Vital statistics of India. Vol. VI, European troops 1870-79
Year: 1870
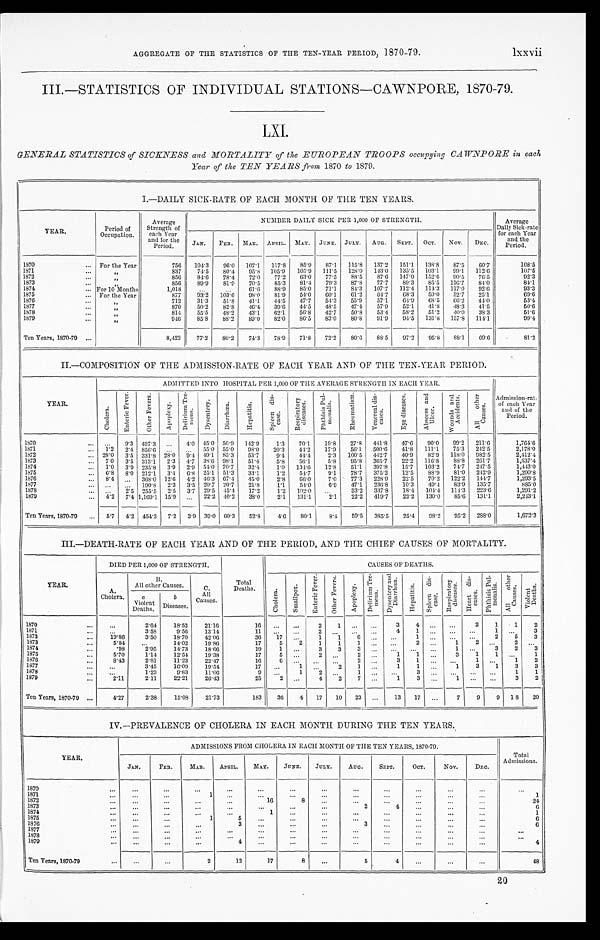
AGGREGATE OF THE STATISTICS OF THE TEN-YEAR PERIOD, 1870-79. lxxvii
III.—STATISTICS OF INDIVIDUAL STATIONS—CAWNPORE, 1870-79.
LXI.
GENERAL STATISTICS of SICKNESS and MORTALITY of the EUROPEAN TROOPS occupying CAWNPORE in each
Year of the TEN YEARS from 1870 to 1879.
I.—DAILY SICK-RATE OF EACH MONTH OF THE TEN YEARS.
YEAR.
Period of
Occupation.
Average
Strength of
each Year
and for the
Period.
NUMBER DAILY SICK PER 1,000 OF STRENGTH.
Average
Daily Sick-rate
for each Year
and t he
Period.
JAN. FEB. MAR. APRIL. MAY. JUNE. JULY. AUG. SEPT. OCT. NOV.
DEC.
1 8 7 0
. . . For the Year
756 104.3 96. 0
107.1 117.8 85. 9
87.1 115.8 137.2 151. 1
138.8 87.5 60. 7
108.5
1 8 7 1
. . . „
837
7 4 . 5
80.4
9 5 . 8 105.9 105. 9
111.5 128.0 143. 0
135.5 103.1 99.1 112. 6
107.5
1 8 7 2
. . .
„
856 84.6 78.4 72.0 77.2 63. 0
77.5 88.5 87. 6
147.0 152. 6
90.5 76.5
92.3
1873
. . .
„
856
89. 9
81.9 70. 5
85.3 81.4
79.3 87.8 77.7 89.3 85.5 116.7 84.0
8 4 . 1
1874
... For 10 Months
1,018
. . . . . .
61. 6
88.9 85. 0
71.1 81.3 107.7 112. 4
114. 3 117. 0
92.6
93.3
1875
. . . For the Year
877 93.2 103.6 98.0 81.9 54. 0
60.1 61.2 64.7 68. 3
59.0 52.7 25. 1
69.6
1876
. . . „
712 31.3 51.8 41.1 44. 5
47.7 54.3 55.9 57.1 64. 9
68.5 66.2 4 4 . 0
53. 4
1 8 7 7
... „
870
50.2 82.8
4 6 . 4 39.6 44.5 48.5
4 7 . 4 57.9 52.1 41.8 48.3 41.5
50.6
1878
. . .
„
814 55.5 48.2 43.1 62.1 56.8 42.7 50.8 53. 4
58.2 51.2 40. 0
38.3
51. 6
1879
. . .
„
9 4 6
85.8 88.2 89.0 82. 0
86.5 83.0 80.8 91.9 94.5 131.8 157.8 114. 1
99.4
Ten Years, 1870-79 ...
8,423 77.2 802 74.3 78. 9
71.8 72. 2
80. 6
88.5 97.2 95.8 88.1 69. 6
81.2
II.—COMPOSITION OF THE ADMISSION-RATE OF EACH YEAR AND OF THE TEN-YEAR PERIOD.
YEAR.
ADMITTED INTO HOSPITAL PER 1,000 OF THE AVERAGE STRENGTH IN EACH YEAR.
Admission-rate
of each Year
and of the
Period.
C h o l e r a .
E n t e r i c F e v e r .
O t h e r F e v e r s .
A p o p l e x y .
D e l i r i u m T r e -
m e n s . D y s e n t e r y .
D i a r r h œ a .
H e p a t i t i s . S p l e e n d i s -
e a s e .
R e s p i r a t o r y
d i s e a s e s .
P h t h i s i s P u l -
m o n a l i s .
R h e u m a t i s m .
V e n e r e a l d i s -
e a s e s .
E y e d i s e a s e s .
A b s c e s s a n d
U l c e r .
W o u n d s a n d
A c c i d e n t s .
A l l o t h e r
C a u s e s .
1 8 7 0
... ... 9. 3 497. 3 ... 4. 0 45. 0 56.9 142.9
1.3 70.1 19.8 27.8 4 4 1 . 8
47. 6
90.0 99.2 211.6
1,764.6
1871
... 1.2 2. 4 856. 6 ...
. . . 55. 0 55.0 98.0 20. 3
44.2 17.9 56.1 500.6 41.8 111.1 75.3 2 4 2 . 5
2,178.0
1 8 7 2
... 28.0 3.5 331.8 28.0 9. 4 49.1 85.3 53.7
9. 4
4 4 . 4
2.3 100.5 442.7 40.9 82. 9
118. 0 982.5
2,412.4
1873
... 7. 0
3.5 313.1 2.3 4.7 38. 6 98.1 51. 4
5.8 56.1
5.8 95.8 365.7 22.2 116.8 88.8 261.7
1,537.4
1874
... 1.0 3.9 235. 8 3.9 2. 9 54.0 70.7 32. 4
1.0 134.6 12. 8
51.1 397.8 15.7 103.2 74. 7 2 4 7 . 5
1 , 4 4 3 . 0
1 8 7 5
. . .
6.8 8. 0 212.1 3.4 6. 8 25.1 51.3 33.1
1.2 54.7
9.1 78.7 375.2 12.5 88. 9
81.0 2 4 2 . 9
1,290.8
1876
... 8. 4 . . .
368. 0 12. 6 4. 2 46. 3 67. 4
45. 0
2.8 66. 0
7.0 77.3 228. 9
22.5 70. 2
122.2 144. 7
1,293.5
1877
. . .
...
...
... 190. 8 2.3 3.5 20.7 20.7 21.8
1.1 54.0
6. 9
47.1 236. 8
10. 3
49. 4
83. 9
135.7
885. 0
1878
... . . . 2.5 255.5 2.5 3.7 29.5 45. 4
17.2
1.2 102. 0
...
33.2 337.8 18. 4
104. 4
114.3 223.6
1,291.2
1879
... 4. 2 7. 4 1,169.1 15. 9 ... 22.2 40.2 38.0
2.1 131.1
2. 1
22.2 419.7 22.2 130.0 85. 6
131.1
2, 243. 1
Ten Years, 1870-79 ... 5.7 4.2 454. 3 7. 2
3. 9 39.0 60. 3
52. 8
4. 6
80. 1
8. 4
59.5 385.5 25. 4
98.2 95. 2 288. 0
1,672.3
III.—DEATH-RATE OF EACH YEAR AND OF THE PERIOD, AND THE CHIEF CAUSES OF MORTALITY.
DIED PER 1,000 OF STRENGTH.
Total
Deaths.
CAUSES OF DEATHS.
YEAR.
A.
Cholera.
B.
All other Causes.
C.
All
Causes.
C h o l e r a .
S m a l l p o x .
E n t e r i c F e v e r .
O t h e r F e v e r s .
A p o p l e x y .
D e l i r i u m T r e -
m e n s .
D y s e n t e r y a n d D i a r r h œ a .
H e p a t i t i s .
S p l e e n d i s -
e a s e .
R e s p i r a t o r y
d i s e a s e s .
H e a r t d i s -
e a s e s .
P h t h i s i s P u l -
m o n a l i s .
A l l o t h e r
C a u s e s .
V i o l e n t
D e a t h s .
Violent
Deaths.
b
Diseases.
1 8 7 0
...
. . . 2 . 6 4
18. 52
21.16
16
. . .
. . .
2
1
. . . . . .
3 4 . . .
. . .
2
1
1
2
1871
. . . . . .
3.58
9.56
13.14
11 ...
. . . 2 . . .
. . . . . .
4 1 . . .
. . .
. . . 1
. . .
3
1872
. . .
19.89
3.50
18.70
42. 06
36 17 ...
1
1
6 . . . . . .
1 . . .
. . .
. . .
2
5
3
1873
. . .
5 . 8 4
. . .
14. 02
19. 86
17
5
2
1
1
1 . . . . . .
2 . . .
1
2 ...
2 ...
1874
. . .
. 9 8 2.95
14. 73
18.66
19 1
. . .
3
3
3 . . . . . .
. . . . . .
1
. . .
3
2
3
1875
. . .
5.70
1.14
12. 54
19.38
17 5
. . .
2 . . .
2 . . .
1
1 . . .
3
1
1 ...
1
1876
...
8 . 4 3
2 . 8 1
11.23
22.47
16 6
. . .
. . . . . .
2 . . .
3
1
... . . .
1 ...
1
2
1877
.. . . . .
3.45
16. 09
19.54
17 ... 1
. . .
2
1 . . .
1
1 ...
1
3
1
3
3
1878
... . . .
1.23
9 . 8 3
11.06 9
. . .
1 2 . . .
1 . . . . . .
3 . . .
. . .
. . . . . .
1
1
1879
...
2.11
2.11
22. 21
26.43
25 2
. . .
4
2 7 ...
1
3 . . .
1
. . . . . .
3
2
Ten Years, 1870-79 ...
4 . 2 7
2.38
15. 08
21.73
183 36 4 17 10 23 ...
13 17 ...
7
9
9 18 20
IV.—PREVALENCE OF CHOLERA IN EACH MONTH DURING THE TEN YEARS.
YEAR.
ADMISSIONS FROM CHOLERA IN EACH MONTH OF THE TEN YEARS, 1870-79.
Total
Admissions.
JAN.
FEB.
MAR. APRIL. MAY. JUNE. JULY.
AUG.
SEPT.
O C T .
NOV. D E C .
1870
. . .
...
. . .
. . .
. . .
. . . ...
. . .
...
. . .
. . .
. . .
. . .
. . .
1871
. . .
. . . . . .
1 . . .
...
...
. . .
...
. . .
. . .
. . .
. . .
1
1872
. . .
...
. . .
. . .
. . .
16
8 . . .
. . .
. . .
. . . . . .
. . .
24
1873
...
...
...
...
...
...
. . .
...
2
4
. . .
. . .
. . .
6
1874
...
...
. . .
. . .
. . .
1
. . . . . .
...
...
. . .
. . .
. . .
1
1875
. . . . . .
. . .
1
5
. . . . . .
...
...
...
...
. . .
...
6
1876
. . .
. . .
. . .
. . .
3
. . . . . .
. . .
3 . . .
. . .
. . .
. . .
6
1877
...
. . .
. . .
. . .
. . . . . .
. . . . . .
...
...
. . . . . .
. . .
. . .
1878
. . .
. . .
. . .
. . .
. . .
. . .
. . .
. . .
. . . ...
. . .
. . .
. . .
. . .
1879
...
. . .
. . .
. . .
4
...
. . .
. . .
. . .
. . .
...
...
...
4
Ten Years, 1870-79
...
...
...
2
12
17
8
...
5
4
...
. . .
...
48
20